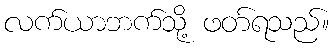
လက်ယာဘက်သို့ ဖတ်ရသည်။